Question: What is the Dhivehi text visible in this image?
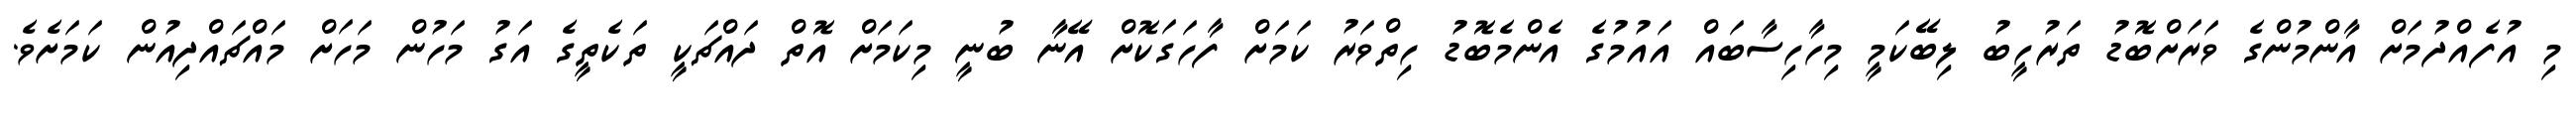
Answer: މި އުފެއްދުމަށް އާންމުންގެ ވަރަށްބޮޑު ތަރުހީބު ލިބޭކަމީ މިހާހިސާބައް އައުމުގެ އެންމެބޮޑު ހިތްވަރު ކަމަށް ފާހަގަކޮށް އޭނާ ބުނީ މިކަމަށް އޮތް ދައްޗަކީ ތަކެތީގެ އަގު މަހުން މަހަށް މައްޗައްދިއުން ކަމަށެވެ.